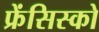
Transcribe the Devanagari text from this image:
फ्रेंसिस्‍को